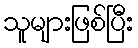
သူများဖြစ်ပြီး